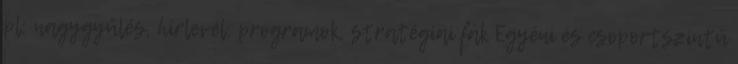
pl: nagygyűlés, hírlevél, programok, stratégiai fák Egyéni és csoportszintű